Rangoon Lunatic Asylum 1898-1906 - 1898-1906
Year: 1898
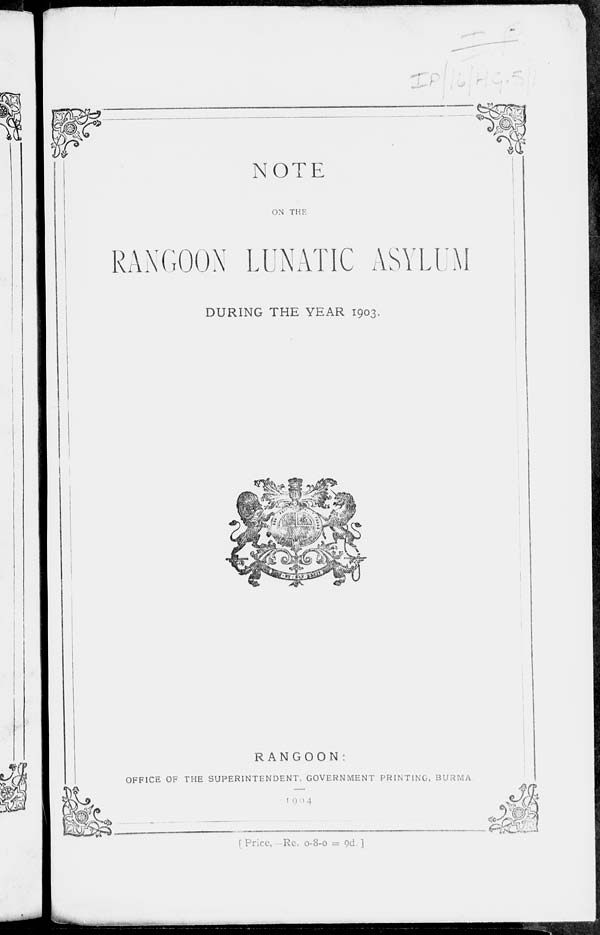
NOTE
ON THE
RANGOON LUNATIC ASYLUM
DURING THE YEAR 1903.
RANGOON
OFFICE OF THE SUPERINTENDENT. GOVERNMENT PRINTING,
BURMA.
1904
[Price,—Re. 0-8-0=9d.]